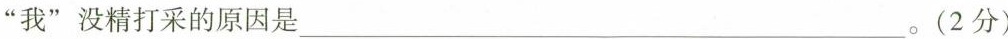
“我”没精打采的原因是___。(2分